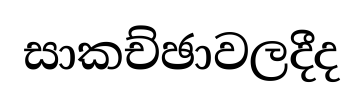
සාකච්ඡාවලදීද